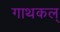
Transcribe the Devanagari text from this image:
गाथकल्